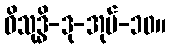
ဝိသုဒ္ဓိ-ဒု-အုပ်-၁၀။